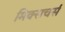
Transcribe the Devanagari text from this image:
मिक्सचर्स